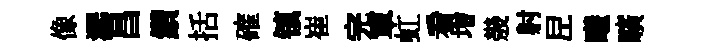
像潺昌鑽括確镇崔完軍虹看増㡬射𡰱曦曠